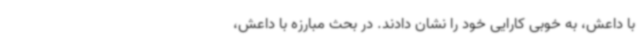
با داعش، به خوبی کارایی خود را نشان دادند. در بحث مبارزه با داعش،